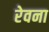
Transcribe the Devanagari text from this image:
रेवना